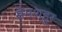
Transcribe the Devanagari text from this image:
सेमशहूर